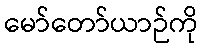
မော်တော်ယာဉ်ကို